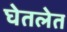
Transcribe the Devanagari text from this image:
घेतलेत